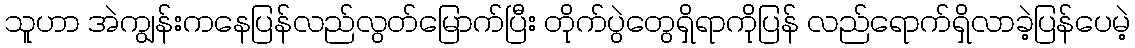
သူဟာ အဲကျွန်းကနေပြန်လည်လွတ်မြောက်ပြီး တိုက်ပွဲတွေရှိရာကိုပြန် လည်ရောက်ရှိလာခဲ့ပြန်ပေမဲ့